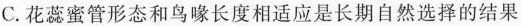
C. 花蕊蜜管形态和鸟喙长度相适应是长期自然选择的结果